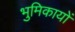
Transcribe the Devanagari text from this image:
भुमिकायों